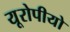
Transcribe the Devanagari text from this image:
यूरोपीयो